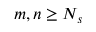
m , n \geq N _ { s }